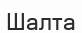
Шалта